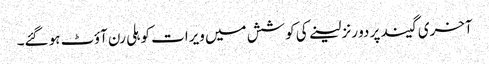
آخری گیند پر دو رنز لینے کی کوشش میں ویرات کوہلی رن آؤٹ ہو گئے۔